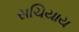
સચિયાય